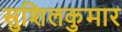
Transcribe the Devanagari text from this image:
सुशिलकुमार